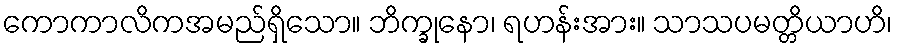
ကောကာလိကအမည်ရှိသော။ ဘိက္ခုနော၊ ရဟန်းအား။ သာသပမတ္တိယာဟိ၊